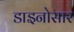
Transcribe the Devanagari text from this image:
डाइनोसार